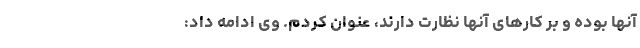
آنها بوده و بر کارهای آنها نظارت دارند، عنوان کردم. وی ادامه داد: